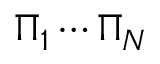
\Pi _ { 1 } \cdots \Pi _ { N }